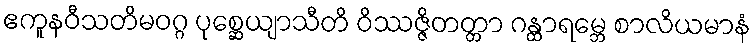
ဧကူနဝီသတိမဝဂ္ဂ ပုစ္ဆေယျာသီတိ ဝိဿဇ္ဇိတတ္တာ ဂန္ထာရမ္ဘေ စာလိယမာနံ